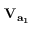
\bf V _ { a _ { 1 } }